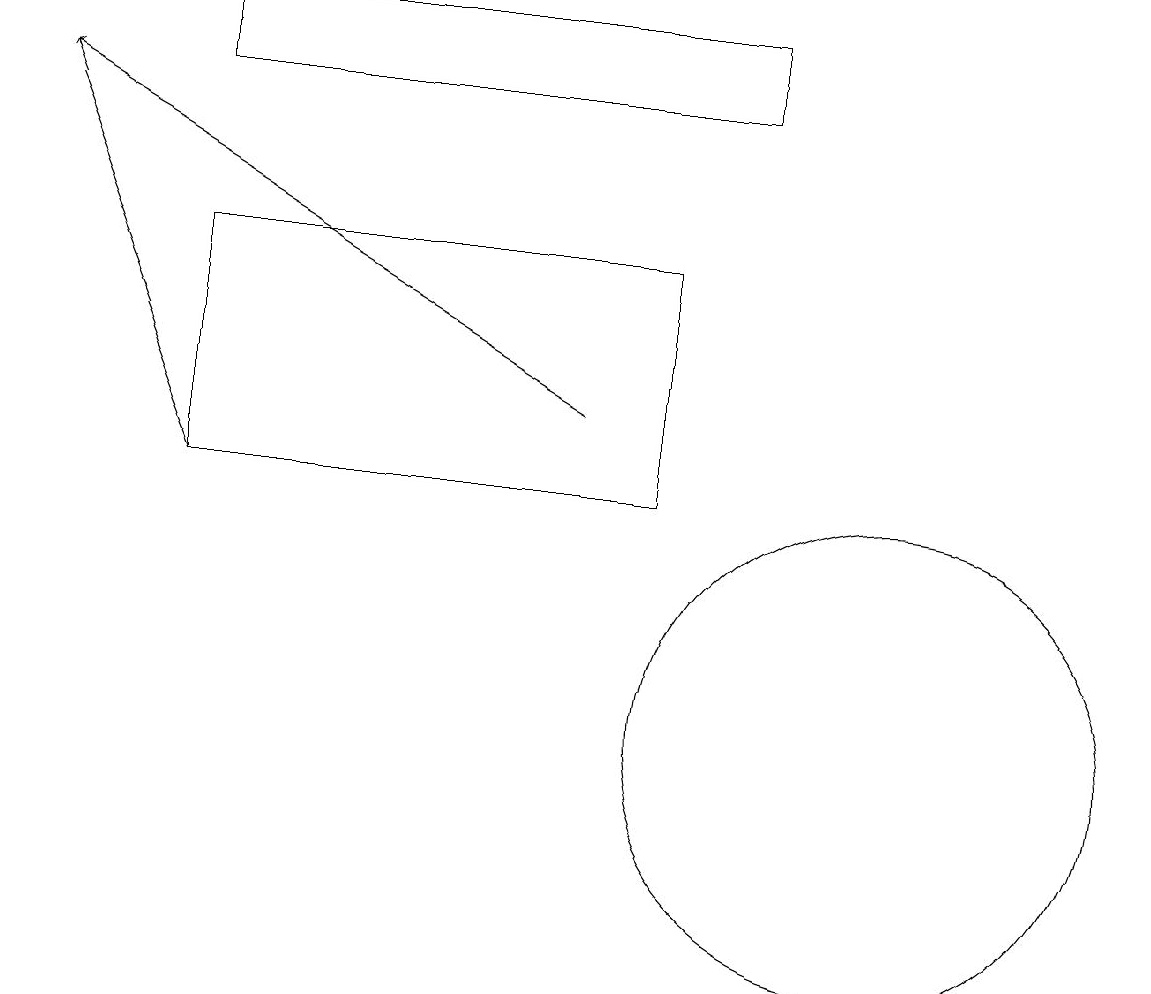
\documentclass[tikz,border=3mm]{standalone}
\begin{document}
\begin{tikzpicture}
\draw[->] (7,14) -- (0,18);
\draw (2,18) rectangle (9,19);
\draw (8,16) rectangle (2,13);
\draw (8,13) rectangle (3,13);
\draw[->] (2,13) -- (0,18);
\draw (11,10) circle (3);
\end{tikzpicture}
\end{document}